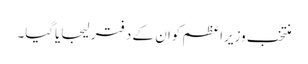
منتخب وزیراعظم کوان کے دفتر لیجایاگیا۔